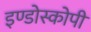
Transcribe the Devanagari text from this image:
इण्डोस्कोपी